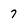
Character: 7